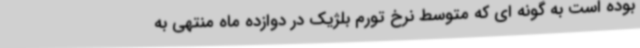
بوده است به گونه ای که متوسط نرخ تورم بلژیک در دوازده ماه منتهی به